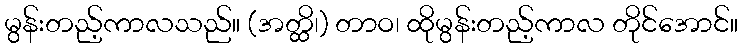
မွန်းတည့်ကာလသည်။ (အတ္ထိ၊) တာဝ၊ ထိုမွန်းတည့်ကာလ တိုင်အောင်။